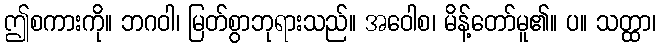
ဤစကားကို။ ဘဂဝါ၊ မြတ်စွာဘုရားသည်။ အဝေါစ၊ မိန့်တော်မူ၏။ ပ။ သတ္ထာ၊